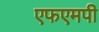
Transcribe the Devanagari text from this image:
एफएमपी